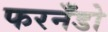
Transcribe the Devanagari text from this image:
फरनँडो